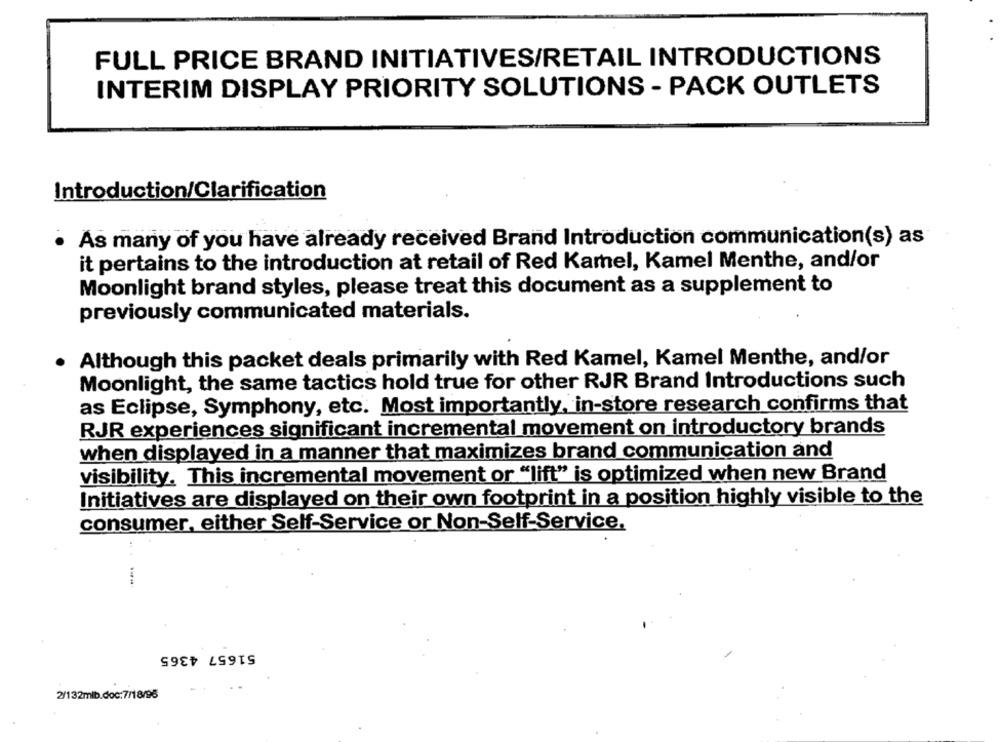
FULL PRICE BRAND INITIATIVES/RETAIL INTRODUCTIONS
INTERIM DISPLAY PRIORITY SOLUTIONS - PACK OUTLETS
Introduction/Clarification
· As many of you have already received Brand Introduction communication(s) as
it pertains to the introduction at retail of Red Kamel, Kamel Menthe, and/or
Moonlight brand styles, please treat this document as a supplement to
previously communicated materials.
Although this packet deals primarily with Red Kamel, Kamel Menthe, and/or
Moonlight, the same tactics hold true for other RJR Brand Introductions such
as Eclipse, Symphony, etc. Most importantly, in-store research confirms that
RJR experiences significant incremental movement on introductory brands
when displayed in a manner that maximizes brand communication and
visibility. This incremental movement or "lift" is optimized when new Brand
Initiatives are displayed on their own footprint in a position highly visible to the
consumer, either Self-Service or Non-Self-Service.
51657 4365
2/132mlb.doc:7/18/95